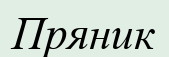
Пряник